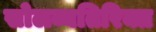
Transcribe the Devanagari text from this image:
सोलव्यतिरिक्त